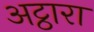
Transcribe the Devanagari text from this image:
अट्ठारा